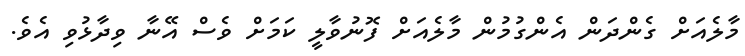
މާލެއަށް ގެންދަން އެންގުމުން މާލެއަށް ފޮނުވާލީ ކަމަށް ވެސް އޭނާ ވިދާޅުވި އެވެ.